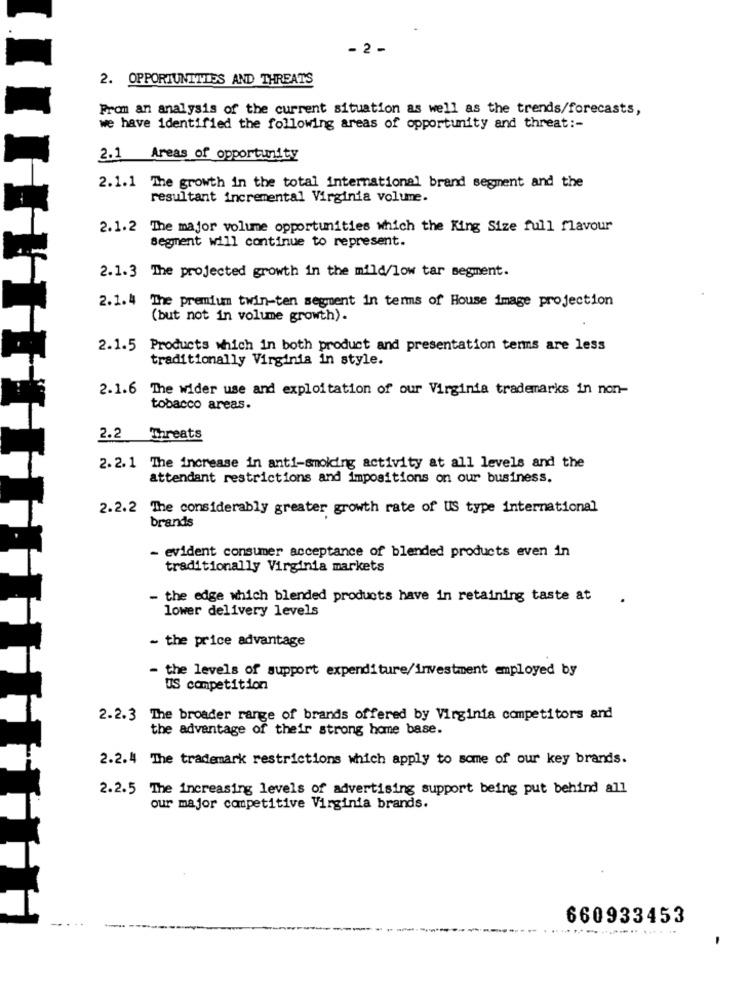
- 2 -
2. OPPORTUNITIES AND THREATS
From an analysis of the current situation as well as the trends/forecasts,
we have identified the following areas of opportunity and threat :-
2.] Areas of opportunity
2.1.1 The growth in the total international brand segment and the
resultant incremental Virginia volume.
2.1.2 The major volume opportunities which the King Size full flavour
segment will continue to represent.
2.1.3 The projected growth in the mild/low tar segment.
2.1.4
The premium twin-ten segment in terms of House image projection
(but not in volume growth).
2.1.5 Products which in both product and presentation terms are less
traditionally Virginia in style.
2.1.6 The wider use and exploitation of our Virginia trademarks in non-
tobacco areas.
2.2
Threats
2. 2. 1 The increase in anti-smoking activity at all levels and the
attendant restrictions and impositions on our business.
2.2.2 The considerably greater growth rate of US type international
brands
- evident consumer acceptance of blended products even in
traditionally Virginia markets
- the edge which blended products have in retaining taste at
lower delivery levels
- the price advantage
- the levels of support expenditure/investment employed by
US competition
2.2.3 The broader range of brands offered by Virginia competitors and
the advantage of their strong home base.
2.2.4 The trademark restrictions which apply to some of our key brands.
2.2.5 The increasing levels of advertising support being put behind all
our major competitive Virginia brands.
660933453
-------.. ......